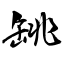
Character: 罀